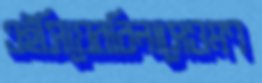
এইসিয়েরবিলাসেওমণ